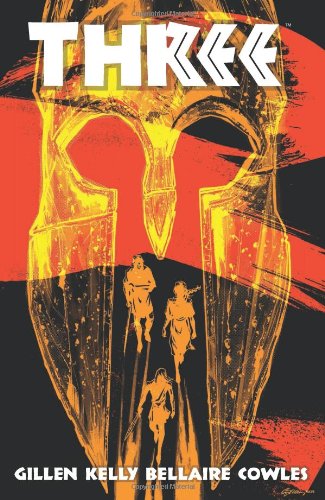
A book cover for Three Volume 1 TP; Ryan Kelly; Comics & Graphic Novels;